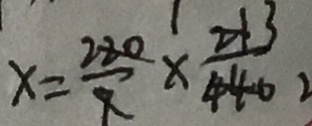
x = \frac { 2 2 0 } { 9 } \times \frac { 3 } { 4 4 0 }